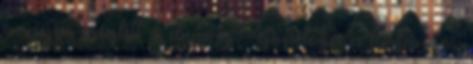
a végén meglett a dívány - gondolja a furfangos